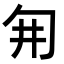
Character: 𭅆